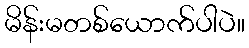
မိန်းမတစ်ယောက်ပါပဲ။